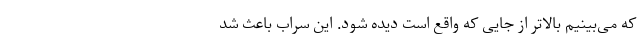
که می‌بینیم بالاتر از جایی که واقع است دیده شود. این سراب باعث شد